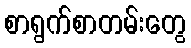
စာရွက်စာတမ်းတွေ